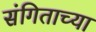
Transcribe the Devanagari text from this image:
संगिताच्या